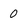
Character: 0